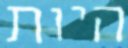
היות